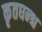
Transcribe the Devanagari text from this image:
कृतघन्श्च